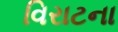
વિરાટના